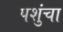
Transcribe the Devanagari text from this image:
पशुंचा